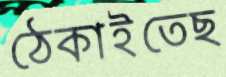
ঠেকাইতেছ